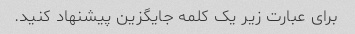
برای عبارت زیر یک کلمه جایگزین پیشنهاد کنید.